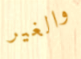
والغير